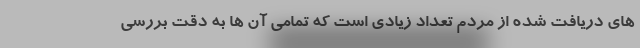
های دریافت شده از مردم تعداد زیادی است که تمامی آن ها به دقت بررسی